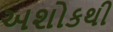
અશોકથી